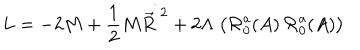
LaTeX: L = - 2 M + { \frac { 1 } { 2 } } M \dot { \vec { R } ^ { \; 2 } } + 2 \Lambda \; \bigl ( { \cal R } _ { 0 } ^ { \mathrm { a } } ( A ) \, { \cal R } _ { 0 } ^ { \mathrm { a } } ( A ) \bigr )